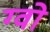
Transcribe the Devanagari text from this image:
ग्वो